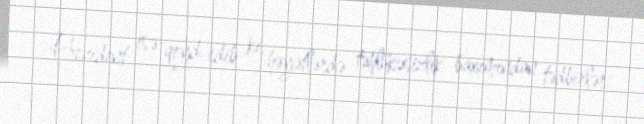
Prezident isə qeyd edib ki, həyətlərdə təhlükəsizlik baxımından tədbirlər